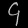
Digit: ၄